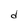
Character: d